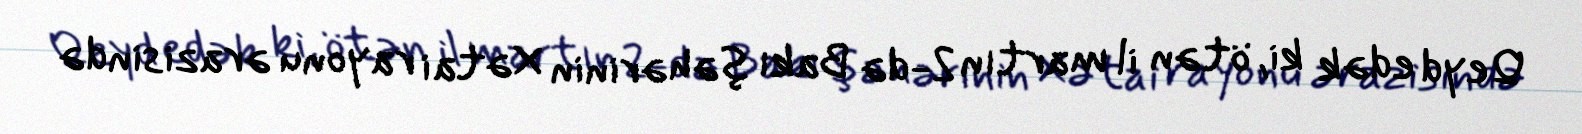
Qeyd edək ki, ötən il martın 2-də Bakı şəhərinin Xətai rayonu ərazisində